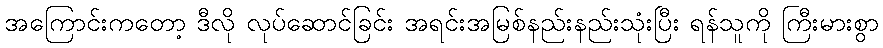
အကြောင်းကတော့ ဒီလို လုပ်ဆောင်ခြင်း အရင်းအမြစ်နည်းနည်းသုံးပြီး ရန်သူကို ကြီးမားစွာ